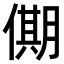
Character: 𠎞